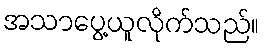
အသာပွေ့ယူလိုက်သည်။